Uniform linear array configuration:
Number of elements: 8
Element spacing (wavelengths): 1
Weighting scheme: cosine
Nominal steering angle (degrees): -30
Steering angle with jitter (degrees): -30.349
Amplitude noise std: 0.05
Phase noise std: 0.05

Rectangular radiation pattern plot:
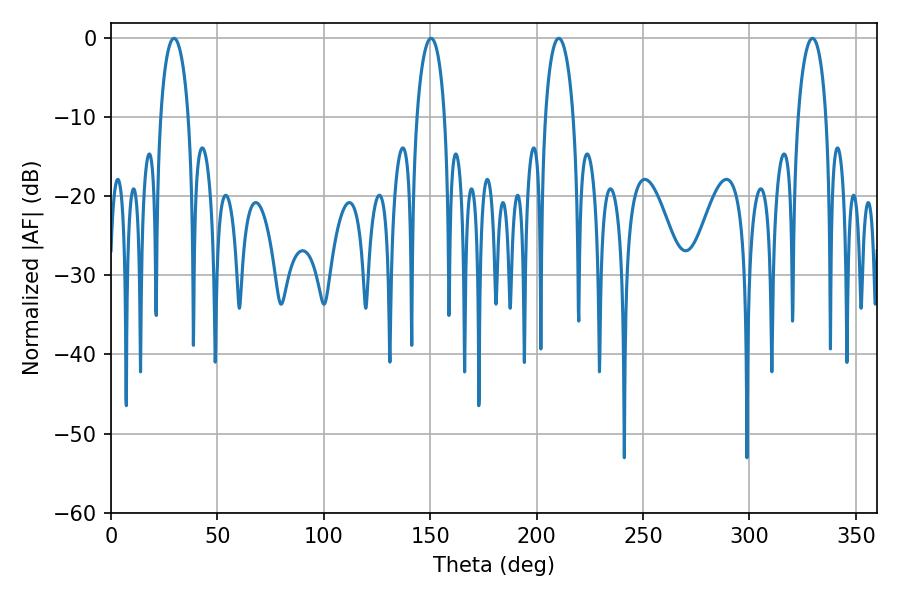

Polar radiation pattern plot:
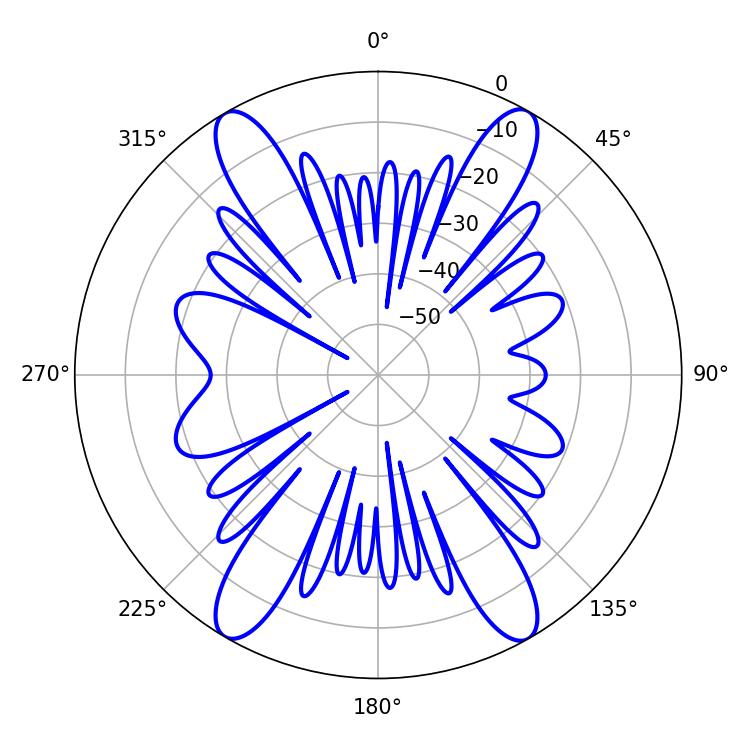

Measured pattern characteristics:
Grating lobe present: TRUE
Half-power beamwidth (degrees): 7.56
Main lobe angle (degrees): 210.42